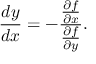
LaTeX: { \frac { d y } { d x } } = - { \frac { \frac { \partial f } { \partial x } } { \frac { \partial f } { \partial y } } } .